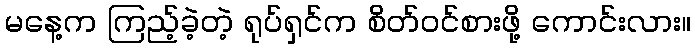
မနေ့က ကြည့်ခဲ့တဲ့ ရုပ်ရှင်က စိတ်ဝင်စားဖို့ ကောင်းလား။